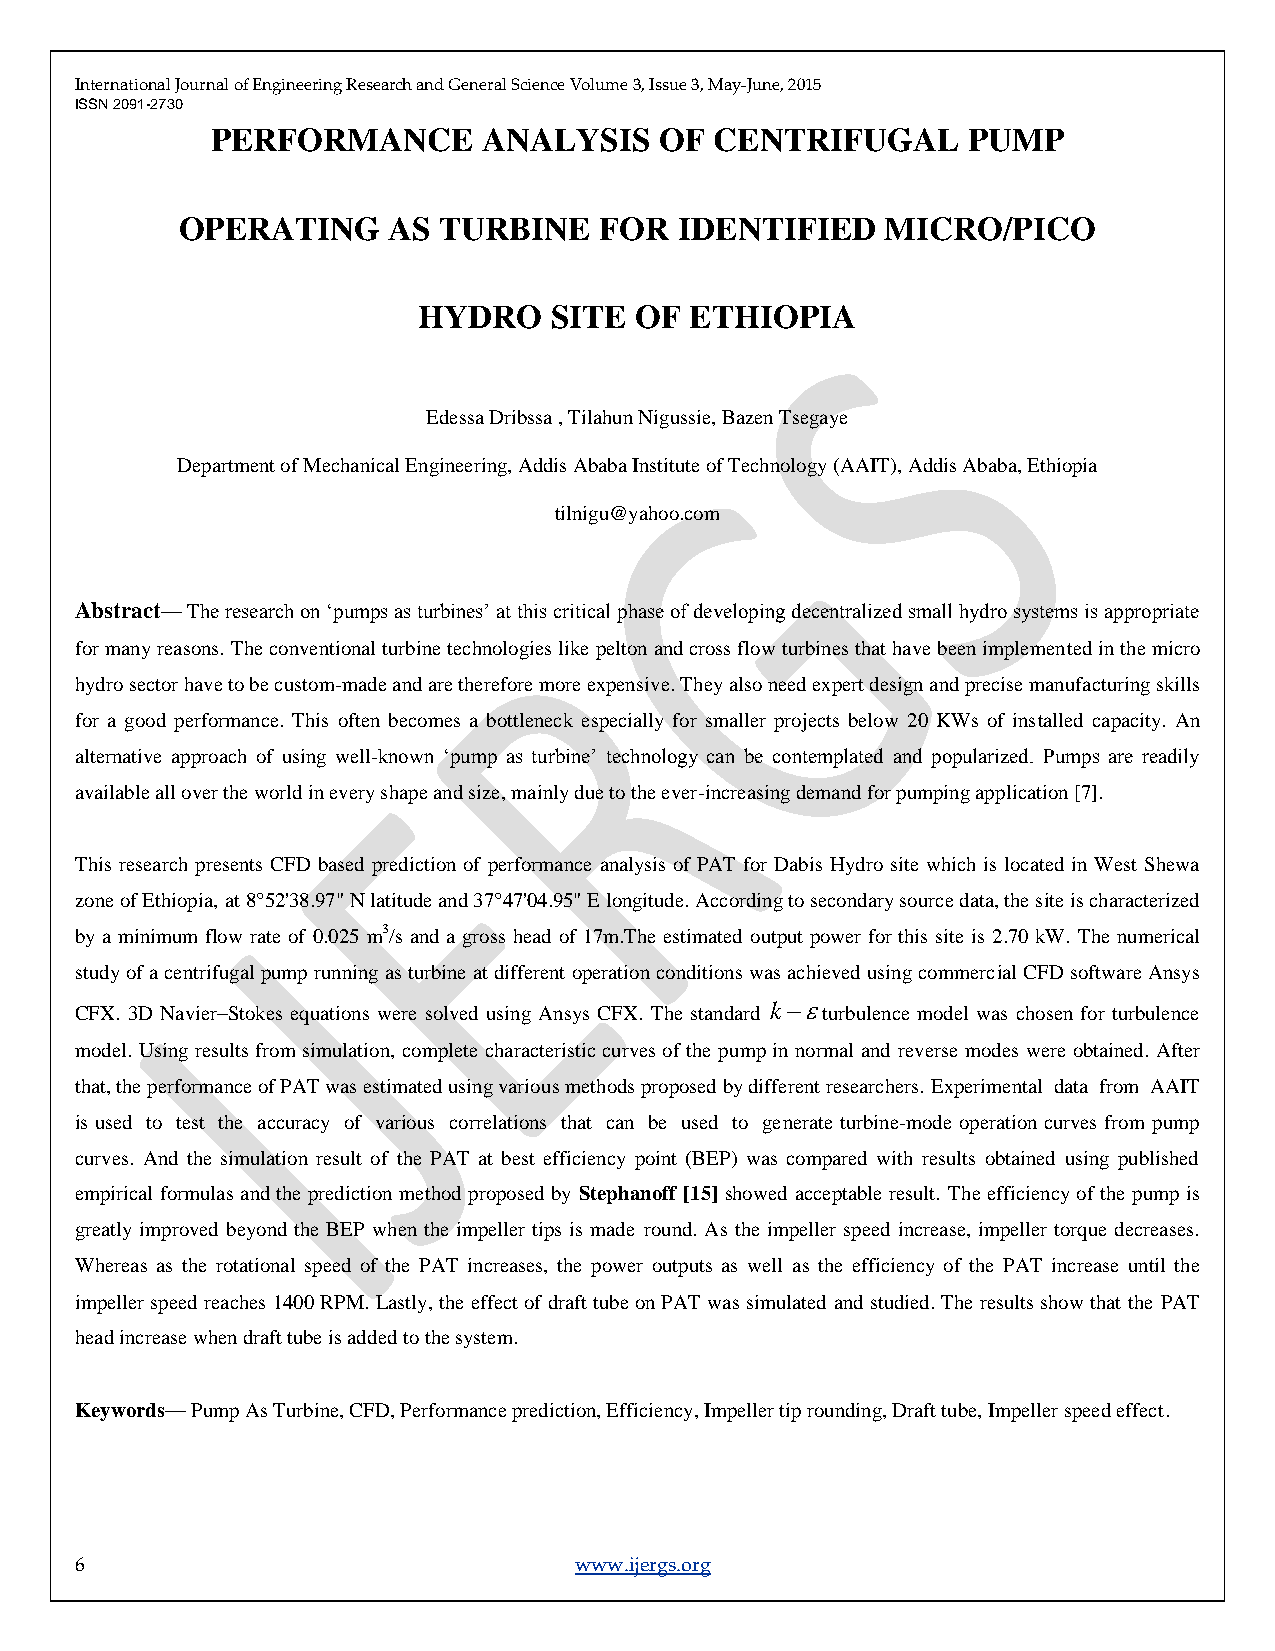
International Journal of Engineering Research and General Science Volume 3, Issue 3, May-June, 2015
 ISSN 2091-2730
 PERFORMANCE       ANALYSIS    OF CENTRIFUGAL      PUMP
 OPERATING     AS TURBINE    FOR  IDENTIFIED    MICRO/PICO
 HYDRO   SITE  OF  ETHIOPIA
 Edessa Dribssa , Tilahun Nigussie, Bazen Tsegaye
 Department of Mechanical Engineering, Addis Ababa Institute of Technology (AAIT), Addis Ababa, Ethiopia
 tilnigu@yahoo.com
 Abstract— The research on ‗pumps as turbines‘ at this critical phase of developing decentralized small hydro systems is appropriate
 for many reasons. The conventional turbine technologies like pelton and cross flow turbines that have been implemented in the micro
 hydro sector have to be custom-made and are therefore more expensive. They also need expert design and precise manufacturing skills
 for a good performance. This often becomes a bottleneck especially for smaller projects below 20 KWs of installed capacity. An
 alternative approach of using well-known ‗pump as turbine‘ technology can be contemplated and popularized. Pumps are readily
 available all over the world in every shape and size, mainly due to the ever-increasing demand for pumping application [7].
 This research presents CFD based prediction of performance analysis of PAT for Dabis Hydro site which is located in West Shewa
 zone of Ethiopia, at 8°52'38.97" N latitude and 37°47'04.95" E longitude. According to secondary source data, the site is characterized
 by a minimum flow rate of 0.025 m3/s and a gross head of 17m.The estimated output power for this site is 2.70 kW. The numerical
 study of a centrifugal pump running as turbine at different operation conditions was achieved using commercial CFD software Ansys
 CFX. 3D Navier–Stokes equations were solved using Ansys CFX. The standard k turbulence model was chosen for turbulence
 model. Using results from simulation, complete characteristic curves of the pump in normal and reverse modes were obtained. After
 that, the performance of PAT was estimated using various methods proposed by different researchers. Experimental data from AAIT
 is used to test the accuracy of various correlations that can be used to generate turbine-mode operation curves from pump
 curves. And the simulation result of the PAT at best efficiency point (BEP) was compared with results obtained using published
 empirical formulas and the prediction method proposed by Stephanoff [15] showed acceptable result. The efficiency of the pump is
 greatly improved beyond the BEP when the impeller tips is made round. As the impeller speed increase, impeller torque decreases.
 Whereas as the rotational speed of the PAT increases, the power outputs as well as the efficiency of the PAT increase until the
 impeller speed reaches 1400 RPM. Lastly, the effect of draft tube on PAT was simulated and studied. The results show that the PAT
 head increase when draft tube is added to the system.
 Keywords— Pump As Turbine, CFD, Performance prediction, Efficiency, Impeller tip rounding, Draft tube, Impeller speed effect.
 6                                www.ijergs.org